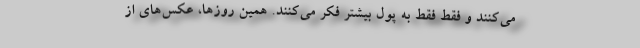
می‌کنند و فقط فقط به پول بیشتر فکر می‌کنند. همین روزها، عکس‌های از